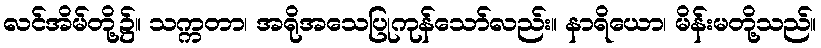
လင်အိမ်တို့၌။ သက္ကတာ၊ အရိုအသေပြုကုန်သော်လည်း။ နာရိယော၊ မိန်းမတို့သည်။